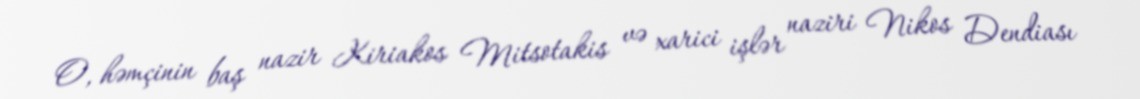
O, həmçinin baş nazir Kiriakos Mitsotakis və xarici işlər naziri Nikos Dendiası